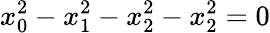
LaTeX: x_{0}^{2}-x_{1}^{2}-x_{2}^{2}-x_{2}^{2}=0